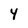
Character: 4